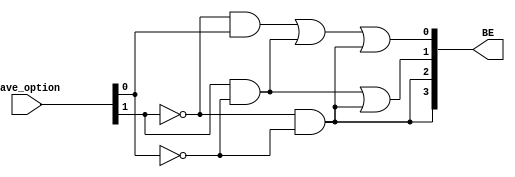
`timescale 1ns / 1ps
//////////////////////////////////////////////////////////////////////////////////
// Company: 
// Engineer: 
// 
// Design Name: 
// Module Name: dm_4k
// Project Name: 
// Target Devices: 
// Tool Versions: 
// Description: 
// 
// Dependencies: 
// 
// Revision:
// Revision 0.01 - File Created
// Additional Comments:
// 
//////////////////////////////////////////////////////////////////////////////////
module save_to_BE(save_option,BE);
    input [1:0]save_option;
    output [3:0]BE;
    
    wire sb = ~save_option[1]&save_option[0];
    wire sh = save_option[1]&~save_option[0];
    wire sw = ~save_option[1] & ~save_option[0];
    assign BE[0] = sb | sh | sw;
    assign BE[1] = sh | sw;
    assign BE[2] = sw;
    assign BE[3] = sw;    
endmodule 

module dm_4k(Addr,BE,Din,Dout,MemWrite,Clk);
    input[31:0]Din;
    input[31:0]Addr;
    input [3:0]BE;
    input Clk,MemWrite;
    output[31:0]Dout;
    reg[31:0]Ram[2047:0];
    
    assign Dout=Ram[Addr[12:2]];
    wire [7:0] Din_b;
    wire [15:0] Din_h;
    assign Din_b = Din[7:0];
    assign Din_h = Din[15:0];
    
    always@(Clk)begin
        if(MemWrite && BE[3]==1)begin
            Ram[Addr[12:2]]<=Din;
        end
        else if(MemWrite && BE[1]==1) begin
            if(Addr[1]==1)begin
                Ram[Addr[12:2]][31:16]<=Din_h;
            end
            else if (Addr[1]==0)begin
                Ram[Addr[12:2]][15:0]<=Din_h;            
            end
        end
        else if(MemWrite && BE[0]==1) begin
            if(Addr[1]==1)begin
                if(Addr[0]==1)begin
                    Ram[Addr[12:2]][31:24]<=Din_b;
                end
                else if (Addr[0]==0)begin
                    Ram[Addr[12:2]][23:16]<=Din_b;            
                end
            end
            else if (Addr[1]==0)begin
                if(Addr[0]==1)begin
                    Ram[Addr[12:2]][15:8]<=Din_b;
                end
                else if (Addr[0]==0)begin
                    Ram[Addr[12:2]][7:0]<=Din_b;            
                end   
            end
        end
    end

    integer i;
    initial begin
        for(i=0;i<2048;i=i+1)
            Ram[i]=0;
    end
endmodule